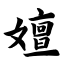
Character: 嬗